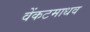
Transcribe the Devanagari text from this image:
वेंकटमाधव